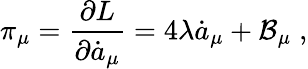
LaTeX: \pi_{\mu}=\frac{\partial L}{\partial\dot{a}_{\mu}}=4\lambda\dot{a}_{\mu}+\mathcal{B}_{\mu}\; ,